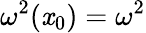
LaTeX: \omega^{2}(\mathit{x}_{0})=\omega^{2}